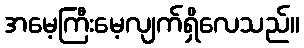
အမေ့ကြီးမေ့လျက်ရှိလေသည်။